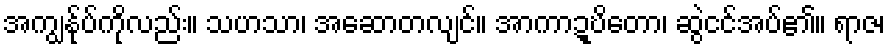
အကျွန်ုပ်ကိုလည်း။ သဟသာ၊ အဆောတလျင်။ အာကာဍ္ဎိတော၊ ဆွဲငင်အပ်၏။ ရာဇ၊